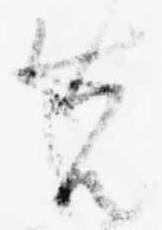
先